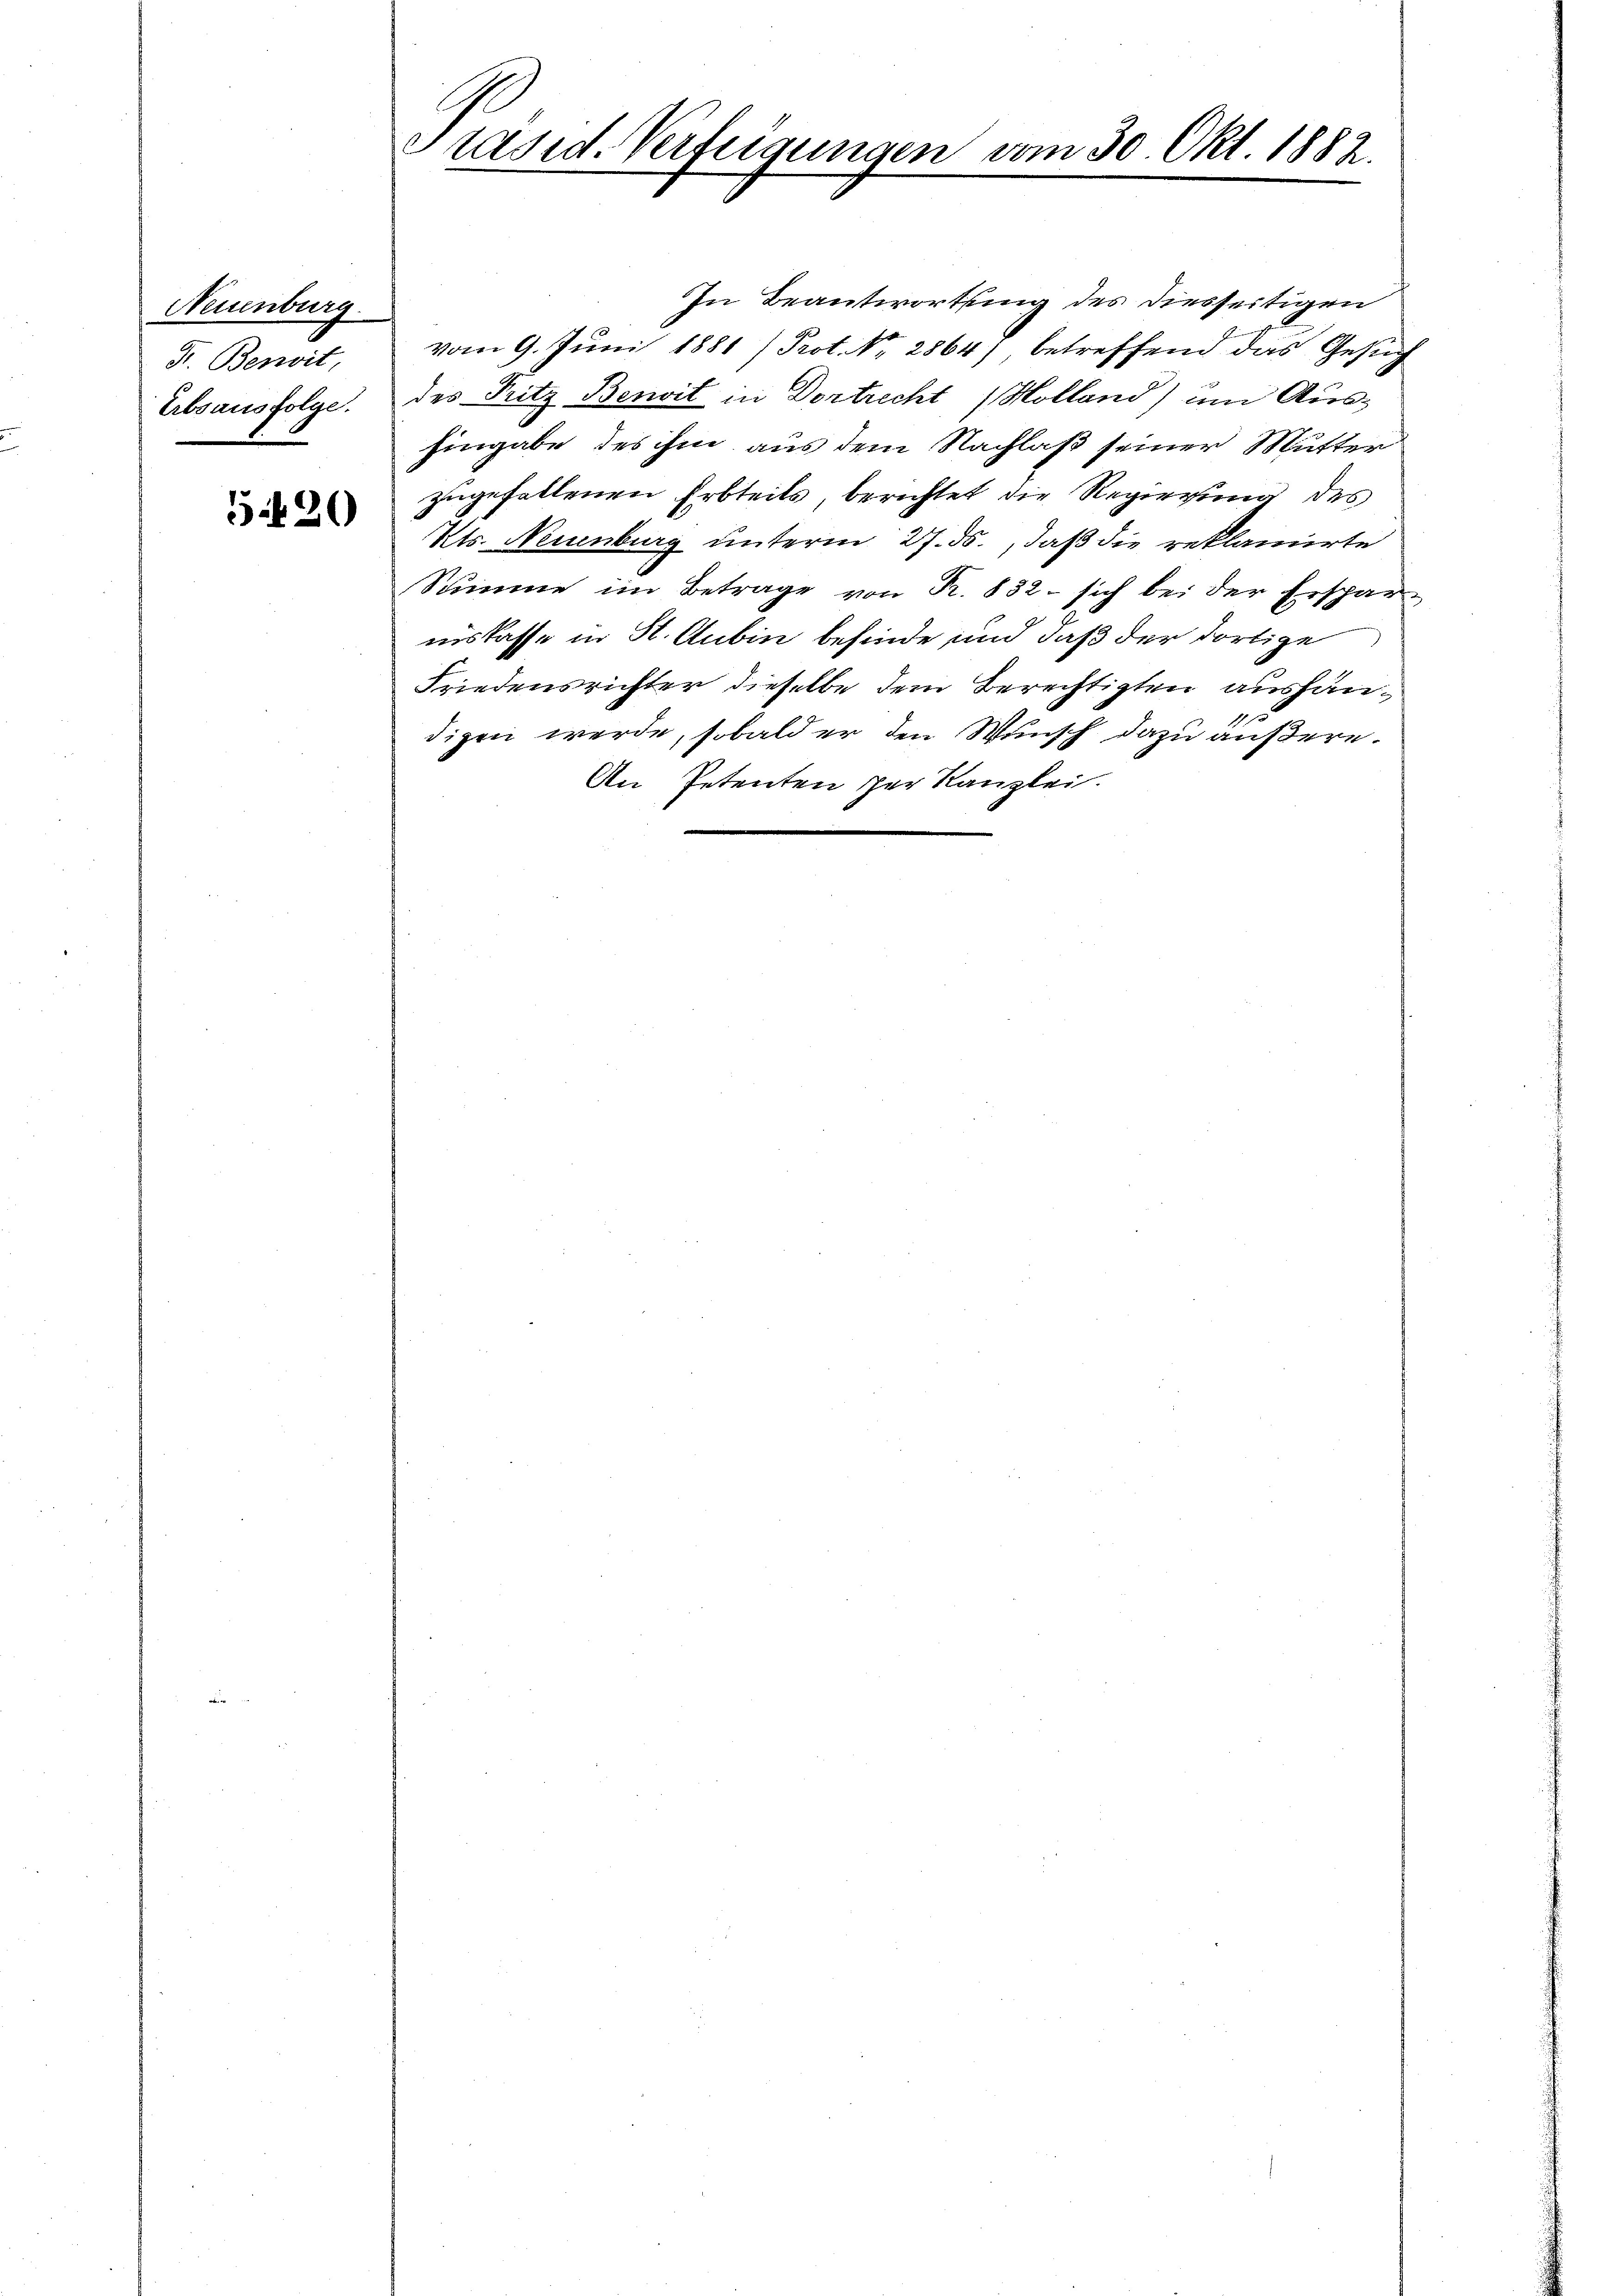
5420

Neuenburg
Fr. Benwit,
.

In Beantwortung des diesseitigen
vom 9. Juni 1881 /Prot. No. 2864), betreffend das Gesuch
Erbsausfolge. des Pritz Besit in Dortrecht (Holland) um Aus¬
Eingabe des ihm aus dem Nachlaß seiner Mutter
zugefallenen Erbteils, berichtet die Regierung des
Kts. Neuenburg unterm 27. ds., daß die reklamirte
Stimme im Betrage von Fr. 832 - sich bei der Ersparnislasse in St. Aubin befinde und daß der dortige
Friedensrichter dieselbe dem Berechtigten aushändigen werde, sobald er den Wunsch dazu äußere.
An Petenten per Kanzlei.

.
Präsid. Verfeigungen vom 30. Okt. 1882.